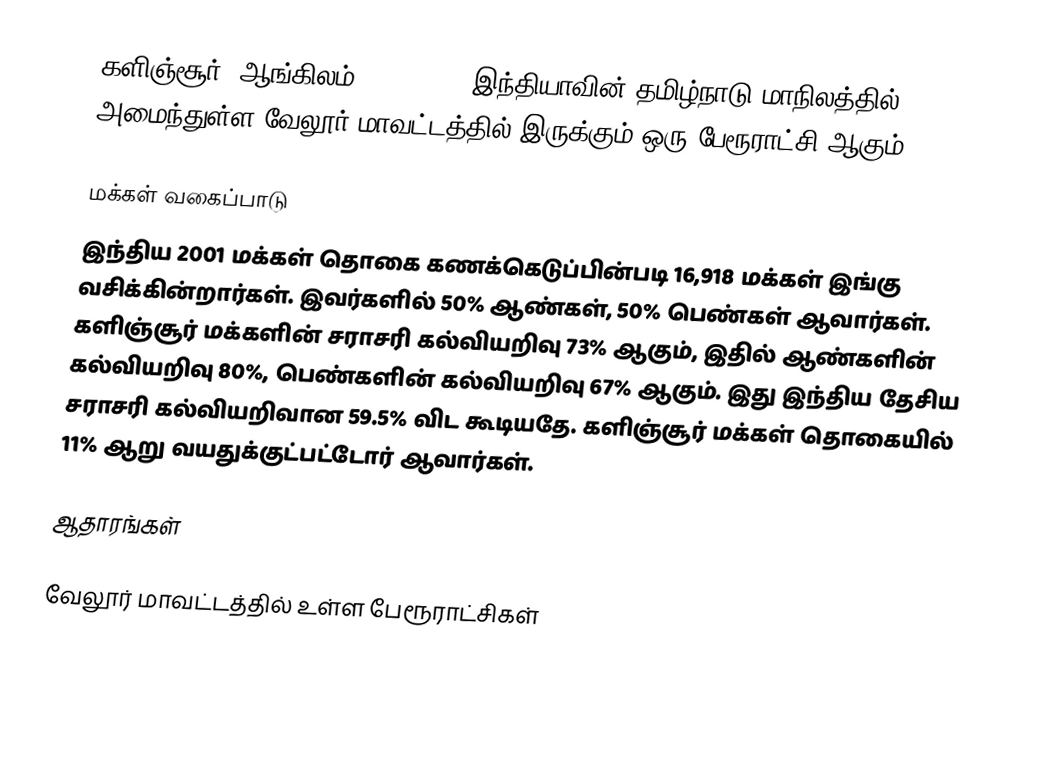
களிஞ்சூர் (ஆங்கிலம்:Kalinjur), இந்தியாவின் தமிழ்நாடு மாநிலத்தில் அமைந்துள்ள வேலூர் மாவட்டத்தில் இருக்கும் ஒரு பேரூராட்சி ஆகும்.

மக்கள் வகைப்பாடு
இந்திய 2001 மக்கள் தொகை கணக்கெடுப்பின்படி 16,918 மக்கள் இங்கு வசிக்கின்றார்கள். இவர்களில் 50% ஆண்கள், 50% பெண்கள் ஆவார்கள். களிஞ்சூர் மக்களின் சராசரி கல்வியறிவு 73% ஆகும்,  இதில் ஆண்களின் கல்வியறிவு 80%,  பெண்களின் கல்வியறிவு 67% ஆகும். இது இந்திய தேசிய சராசரி கல்வியறிவான 59.5% விட கூடியதே. களிஞ்சூர் மக்கள் தொகையில் 11%  ஆறு வயதுக்குட்பட்டோர் ஆவார்கள்.

ஆதாரங்கள்

வேலூர் மாவட்டத்தில் உள்ள பேரூராட்சிகள்